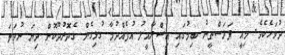
ދުވަހެކެވެ. މިއީ ފަލަސްތީނު ބިމުގައި އިސްރާއީލު އުފެއްދުމާ ގުޅިގެން ގެދޮރުދޫކޮށް ދިޔަ ނުވަތަ